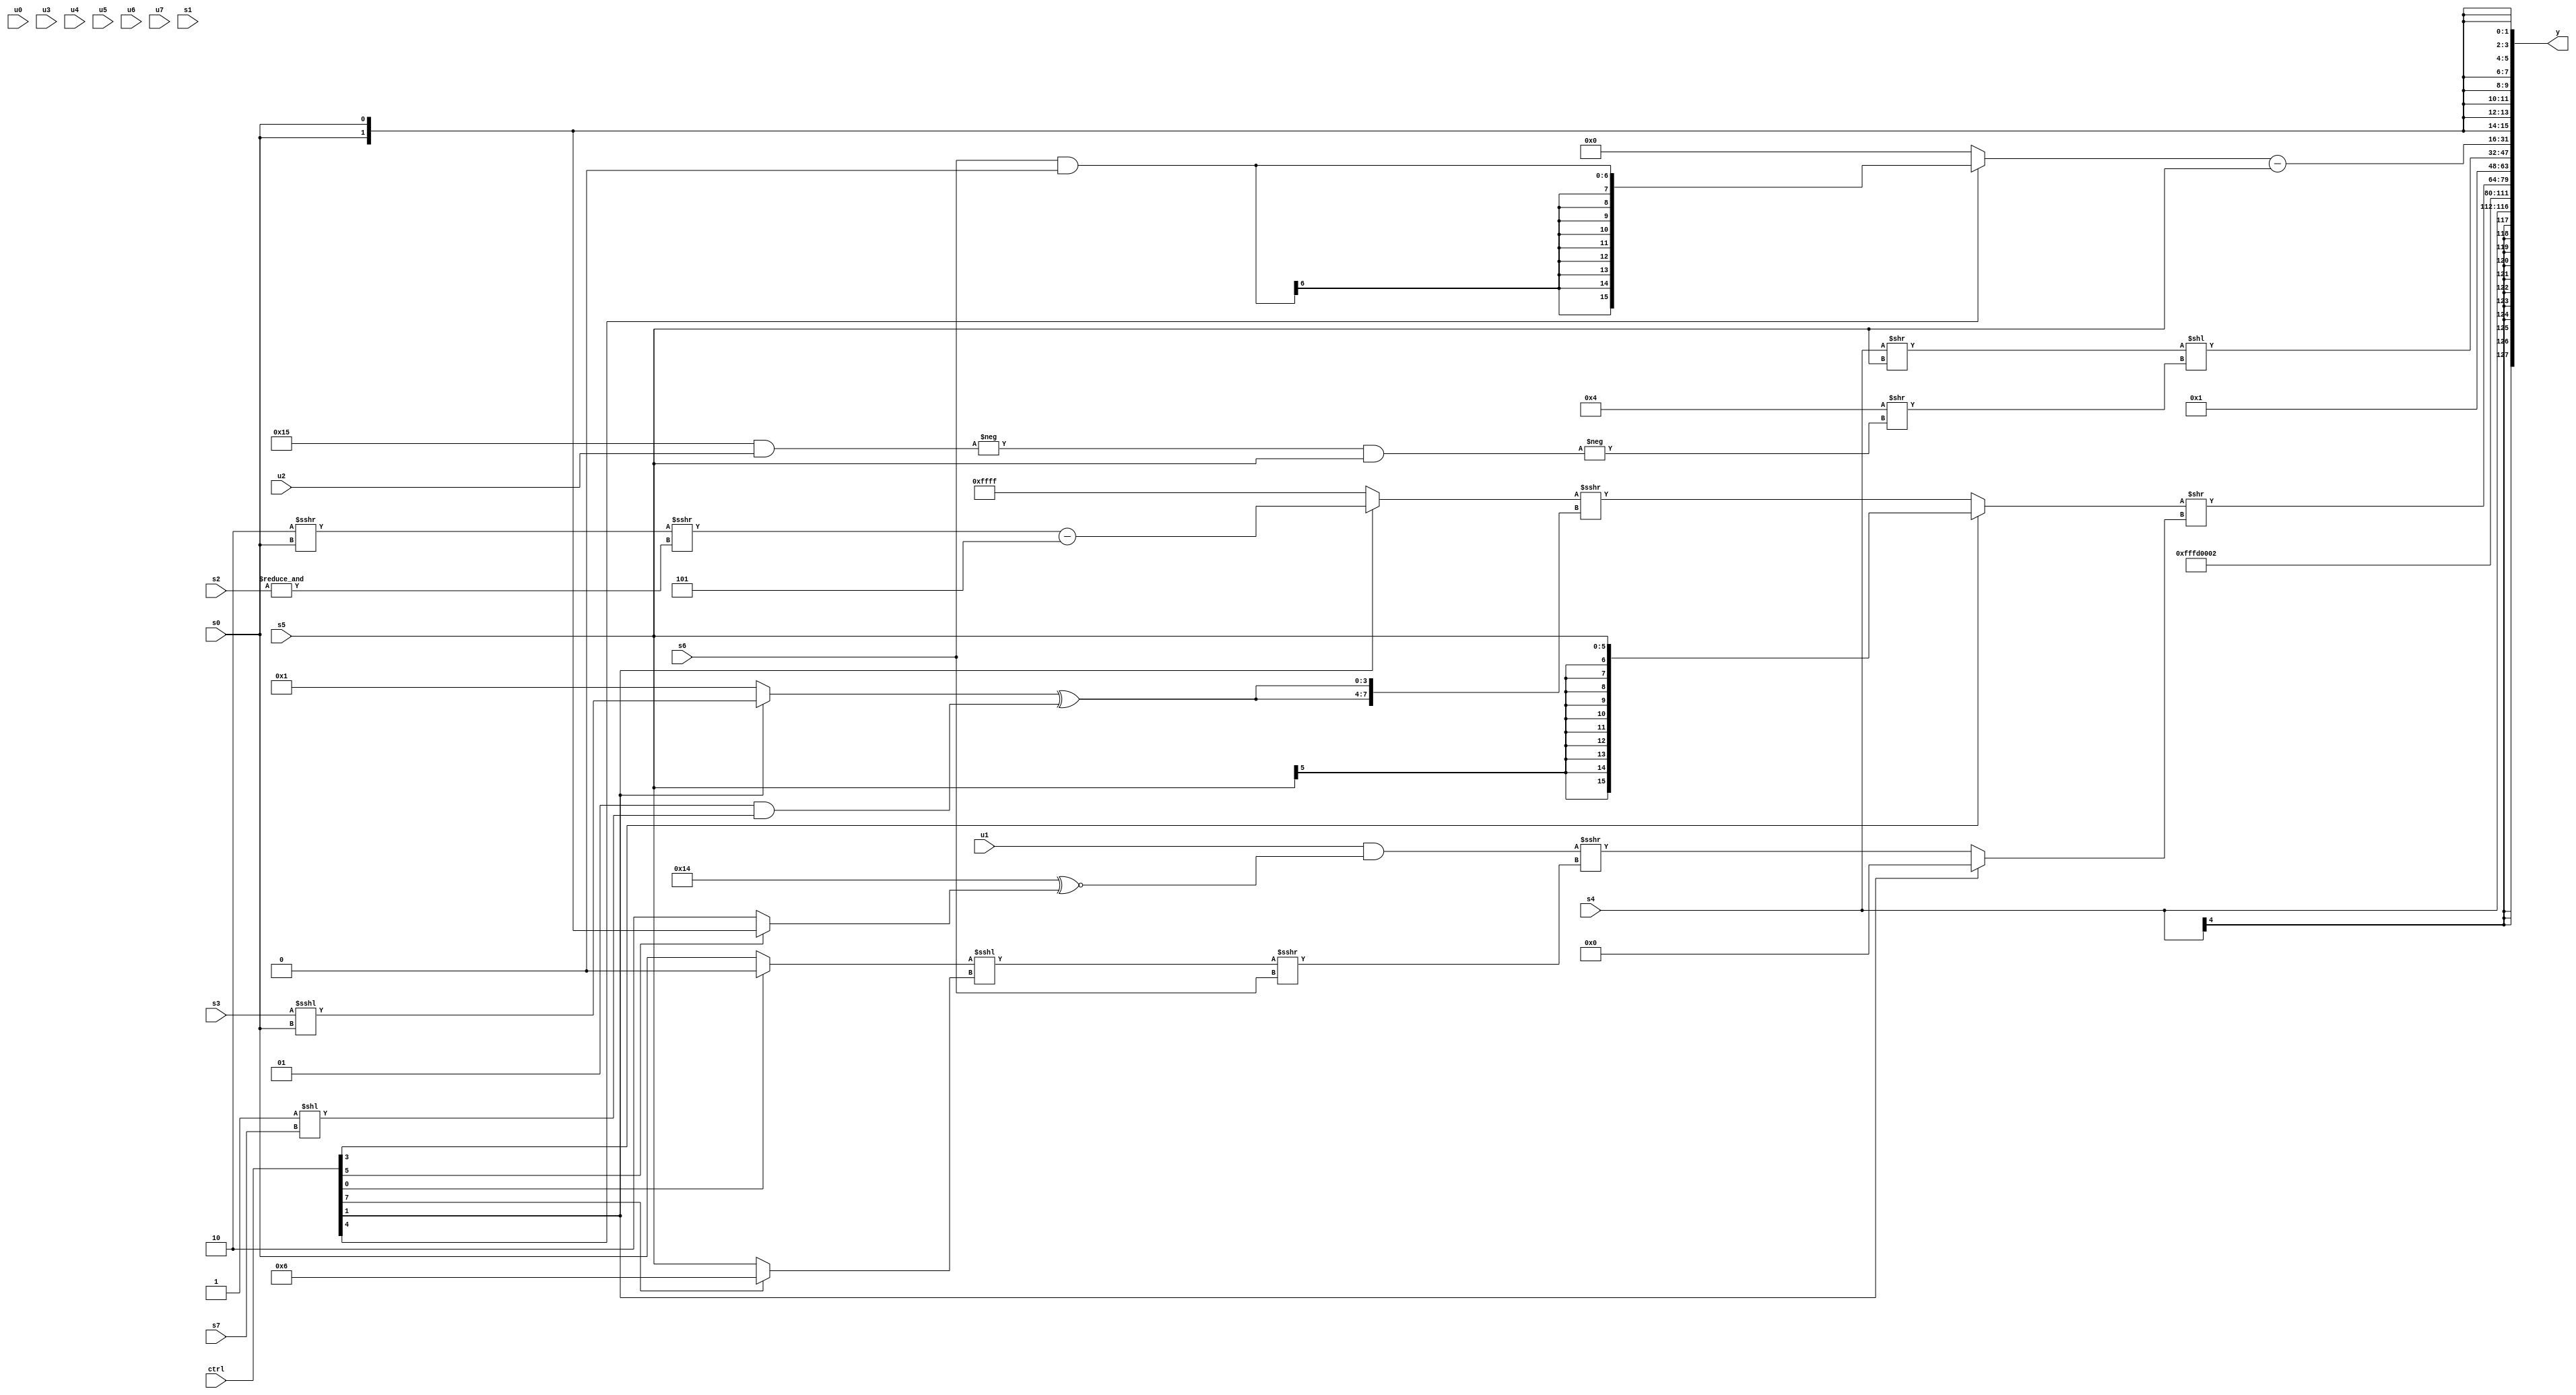
module wideexpr_00233(ctrl, u0, u1, u2, u3, u4, u5, u6, u7, s0, s1, s2, s3, s4, s5, s6, s7, y);
  input [7:0] ctrl;
  input [0:0] u0;
  input [1:0] u1;
  input [2:0] u2;
  input [3:0] u3;
  input [4:0] u4;
  input [5:0] u5;
  input [6:0] u6;
  input [7:0] u7;
  input signed [0:0] s0;
  input signed [1:0] s1;
  input signed [2:0] s2;
  input signed [3:0] s3;
  input signed [4:0] s4;
  input signed [5:0] s5;
  input signed [6:0] s6;
  input signed [7:0] s7;
  output [127:0] y;
  wire [15:0] y0;
  wire [15:0] y1;
  wire [15:0] y2;
  wire [15:0] y3;
  wire [15:0] y4;
  wire [15:0] y5;
  wire [15:0] y6;
  wire [15:0] y7;
  assign y = {y0,y1,y2,y3,y4,y5,y6,y7};
  assign y0 = s4;
  assign y1 = 3'sb101;
  assign y2 = 5'b00010;
  assign y3 = (((ctrl[3]?$signed(s5):((ctrl[1]?(((3'sb110)>>>(s0))>>>(&(s2)))-((+(3'sb001))+(3'sb100)):$signed(1'sb1)))>>>({2{((ctrl[1]?(s3)<<<(s0):3'sb001))^(($signed(4'sb0001))&((2'sb11)<<(s7)))}})))>>(+((ctrl[1]?3'sb000:(($signed(u1))&(($signed(6'sb010100))^~((ctrl[5]?s0:2'sb10))))>>>((((ctrl[0]?1'b0:s0))<<<((ctrl[7]?5'sb00110:s5)))>>>(s6))))))>>>(3'sb000);
  assign y4 = |(2'sb01);
  assign y5 = ((s4)>>(s5))<<((4'sb0100)>>(-((-((5'b10101)&(u2)))&(s5))));
  assign y6 = ((ctrl[4]?($signed($signed(s6)))&((1'sb1)&($signed(1'b0))):+(((s3)-(s3))<<(~(5'sb01001)))))-(s5);
  assign y7 = $signed(s0);
endmodule